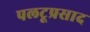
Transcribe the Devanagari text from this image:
पलटूप्रसाद